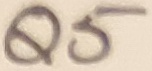
Text: Q5